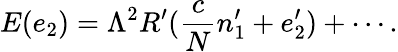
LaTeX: E(e_{2})=\Lambda^{2}R^{\prime}(\frac{c}{N}n_{1}^{\prime}+{e}_{2}^{\prime})+\cdots.